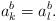
LaTeX: \begin{align*}a_k^b=a_l^b.\end{align*}